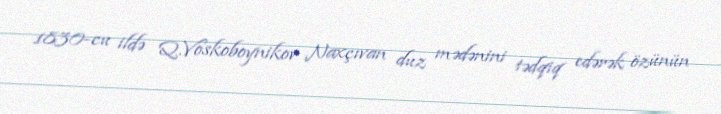
1830-cu ildə Q.Voskoboynikov Naxçıvan duz mədənini tədqiq edərək özünün